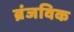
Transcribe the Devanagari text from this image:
ब्रंजविक